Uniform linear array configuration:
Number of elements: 24
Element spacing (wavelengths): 0.25
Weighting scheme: blackman
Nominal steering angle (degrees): -60
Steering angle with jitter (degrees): -58.501
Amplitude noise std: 0.05
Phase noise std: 0.05

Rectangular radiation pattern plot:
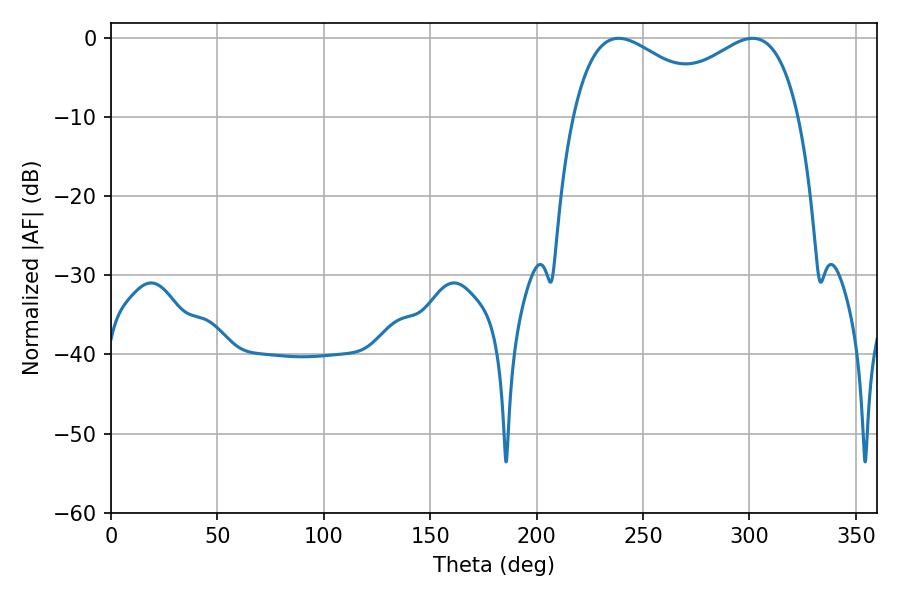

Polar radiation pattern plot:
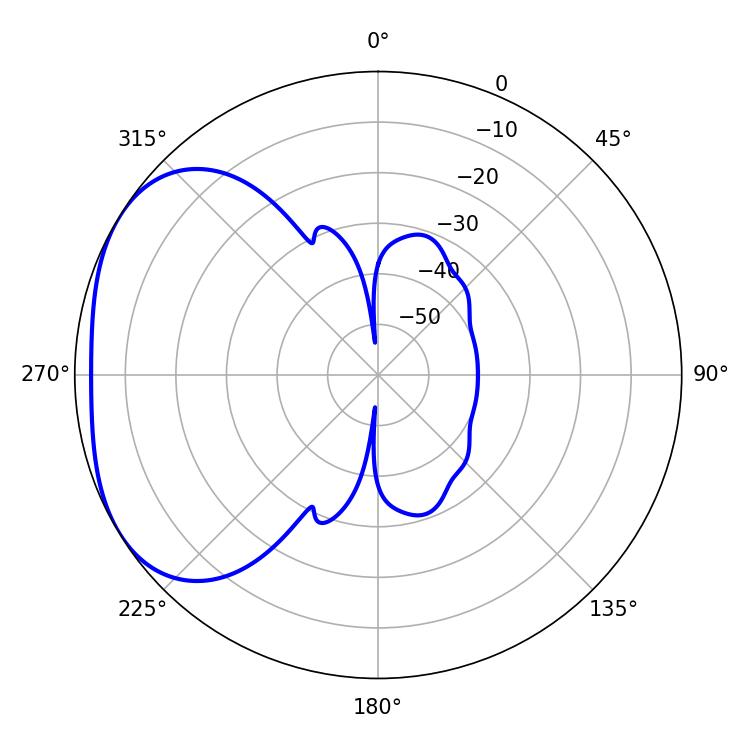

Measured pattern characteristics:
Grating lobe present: FALSE
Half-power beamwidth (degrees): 38.52
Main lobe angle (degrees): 238.5